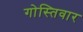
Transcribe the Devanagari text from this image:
गोस्तिवार